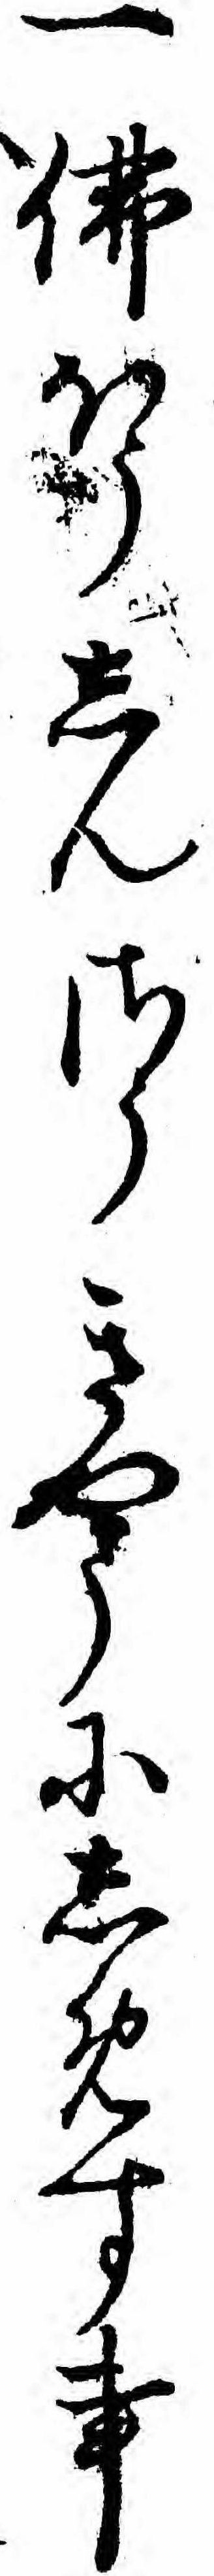
一仏ほうしんさうきやうにしめす事